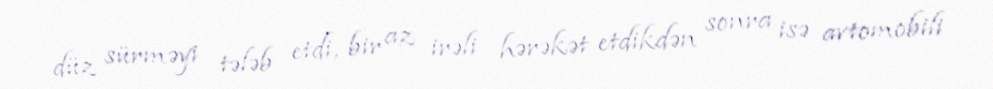
düz sürməyi tələb etdi, bir az irəli hərəkət etdikdən sonra isə avtomobili